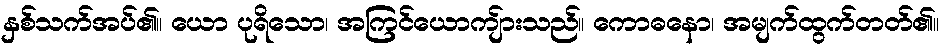
နှစ်သက်အပ်၏။ ယော ပုရိသော၊ အကြင်ယောကျ်ားသည်။ ကောဓနော၊ အမျက်ထွက်တတ်၏။